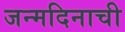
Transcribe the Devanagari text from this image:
जन्मदिनाची